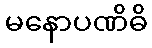
မနောပဏိဓိ